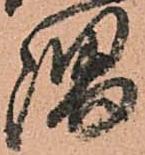
隅